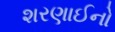
શરણાઈનો